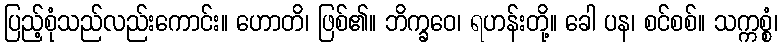
ပြည့်စုံသည်လည်းကောင်း။ ဟောတိ၊ ဖြစ်၏။ ဘိက္ခဝေ၊ ရဟန်းတို့။ ခေါ ပန၊ စင်စစ်။ သက္ကစ္စံ၊